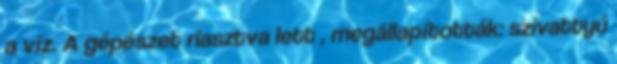
a víz. A gépészet riasztva lett , megállapították: szivattyú